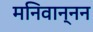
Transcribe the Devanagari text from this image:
मनिवान्नन